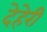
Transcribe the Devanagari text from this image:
देहेरी